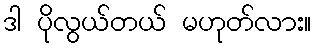
ဒါ ပိုလွယ်တယ် မဟုတ်လား။